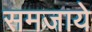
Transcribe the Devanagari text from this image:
समजाये